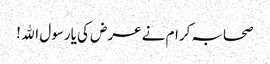
صحابہ کرام نے عرض کی یارسول اﷲ !